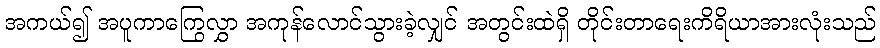
အကယ်၍ အပူကာကြွေလွှာ အကုန်လောင်သွားခဲ့လျှင် အတွင်းထဲရှိ တိုင်းတာရေးကိရိယာအားလုံးသည်